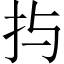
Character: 𱟩